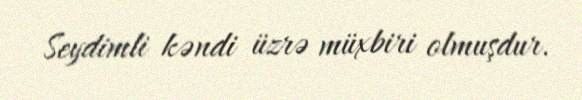
Seydimli kəndi üzrə müxbiri olmuşdur.